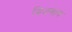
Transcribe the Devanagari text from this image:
मिळवावं